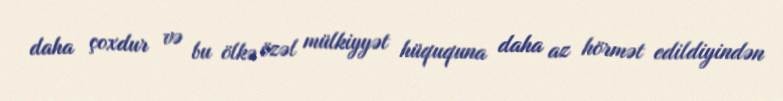
daha çoxdur və bu ölkə özəl mülkiyyət hüququna daha az hörmət edildiyindən